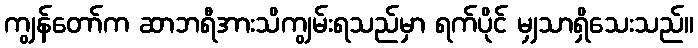
ကျွန်တော်က ဆာဘရီအားသိကျွမ်းရသည်မှာ ရက်ပိုင် မျှသာရှိသေးသည်။